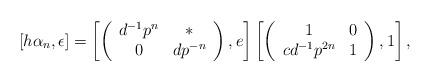
LaTeX: \begin{align*} [h\alpha_n,\epsilon] = \left[\left( \begin{array}{cc} d^{-1}p^n & \ast \\ 0 & dp^{-n} \end{array}\right),e\right] \left[\left( \begin{array}{cc} 1 & 0 \\ cd^{-1}p^{2n} & 1 \end{array}\right),1\right], \end{align*}